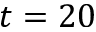
t = 2 0